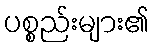
ပစ္စည်းများ၏